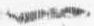
一